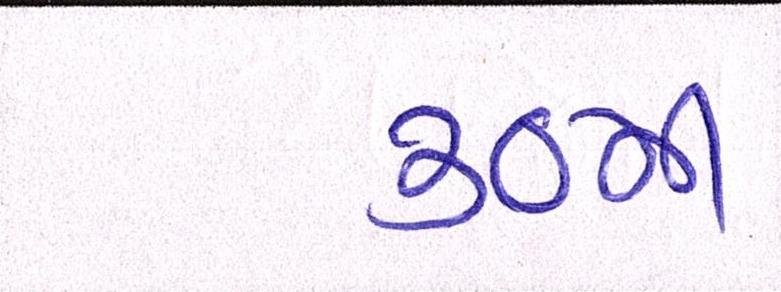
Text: ૩૦મી